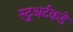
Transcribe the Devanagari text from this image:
स्टुअर्टकडे